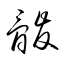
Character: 骰